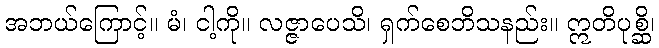
အဘယ်ကြောင့်။ မံ၊ ငါ့ကို။ လဇ္ဇာပေသိ၊ ရှက်စေဘိသနည်း။ ဣတိပုစ္ဆိ၊